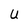
Character: U